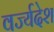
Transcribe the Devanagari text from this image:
वर्ज्यदेश